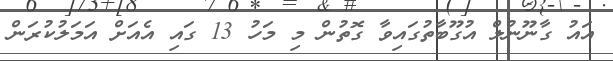
އައު ގާނޫނުލް އުގޫބާތުގައިވާ ގޮތުން މި މަހު 13 ގައި އެއަށް އަމަލުކުރަން